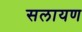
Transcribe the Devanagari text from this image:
सलायण